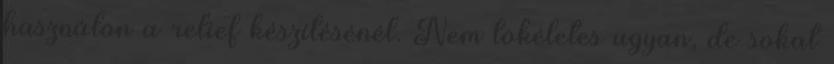
használon a relief készítésénél. Nem tökéletes ugyan, de sokat